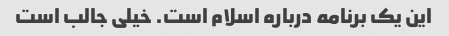
این یک برنامه درباره اسلام است. خیلی جالب است